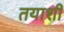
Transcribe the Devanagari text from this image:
तयाशीं